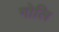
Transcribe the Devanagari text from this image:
गोलि